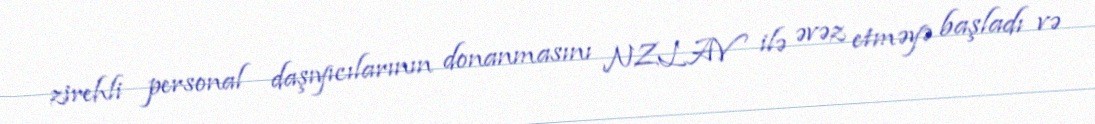
zirehli personal daşıyıcılarının donanmasını NZLAV ilə əvəz etməyə başladı və